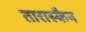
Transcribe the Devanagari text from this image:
तारास्कैन